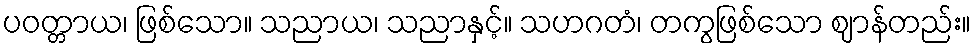
ပဝတ္တာယ၊ ဖြစ်သော။ သညာယ၊ သညာနှင့်။ သဟဂတံ၊ တကွဖြစ်သော ဈာန်တည်း။